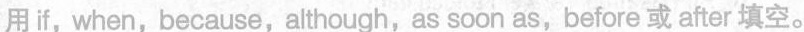
用if，when， because，although，as soon as，before或after填空。